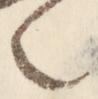
之